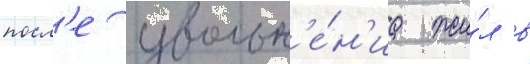
посл'е увольн'е́н'иа жи́л в